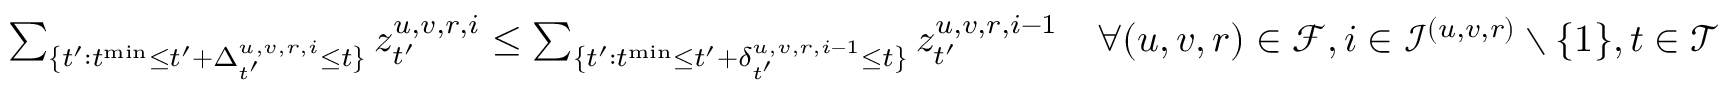
\begin{array} { r } { \sum _ { \{ t ^ { \prime } : t ^ { \mathrm { m i n } } \leq t ^ { \prime } + \Delta _ { t ^ { \prime } } ^ { u , v , r , i } \leq t \} } z _ { t ^ { \prime } } ^ { u , v , r , i } \leq \sum _ { \{ t ^ { \prime } : t ^ { \mathrm { m i n } } \leq t ^ { \prime } + \delta _ { t ^ { \prime } } ^ { u , v , r , i - 1 } \leq t \} } z _ { t ^ { \prime } } ^ { u , v , r , i - 1 } \quad \forall ( u , v , r ) \in \mathcal { F } , i \in \mathcal { I } ^ { ( u , v , r ) } \setminus \{ 1 \} , t \in \mathcal { T } } \end{array}